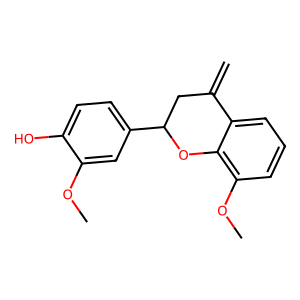
SMILES: C=C1CC(c2ccc(O)c(OC)c2)Oc2c(OC)cccc21
Inhibits HIV replication: No